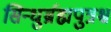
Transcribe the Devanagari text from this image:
सिन्धुर्ब्रह्मपुत्रश्च